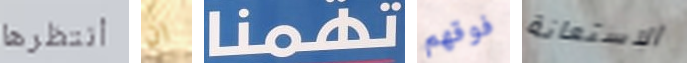
أنتظرها ان تهمنا فوقهم الاستعانة